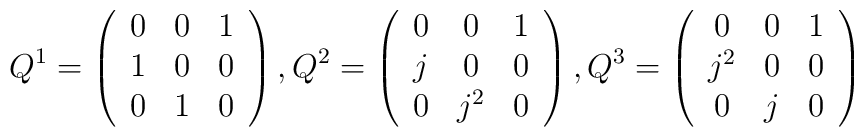
Q^1=\left( \begin{array}{ccc}0 & 0 & 1 \\ 1 & 0 & 0 \\ 0 & 1 & 0\end{array}\right) ,Q^2=\left( \begin{array}{ccc}0 & 0 & 1 \\ j & 0 & 0 \\ 0 & j^2 & 0\end{array}\right) ,Q^3=\left( \begin{array}{ccc}0 & 0 & 1 \\ j^2 & 0 & 0 \\ 0 & j & 0\end{array}\right)